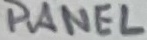
Text: PANEL